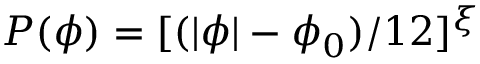
P ( \phi ) = [ ( | \phi | - \phi _ { 0 } ) / 1 2 ] ^ { \xi }